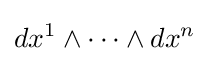
dx^{1}\wedge \cdots \wedge dx^{n}